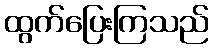
ထွက်ပြေးကြသည်